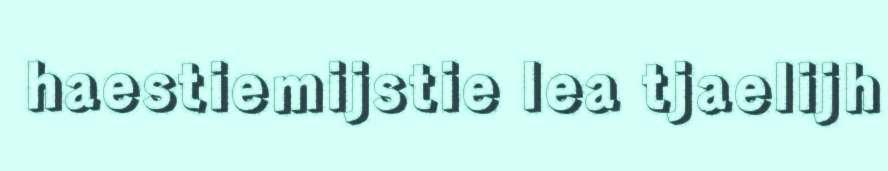
haestiemijstie lea tjaelijh